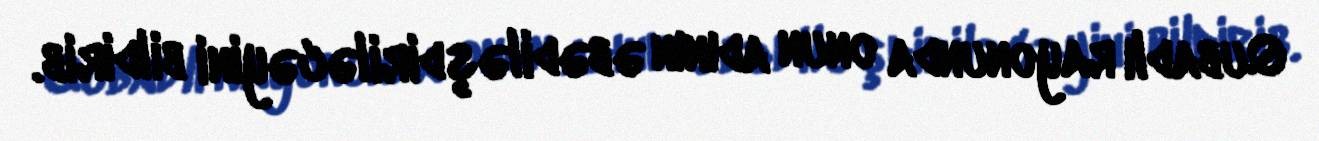
Qubadlı rayonunda onun adının əbədiləşdiriləcəyini bildirib.